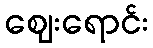
ဈေးရောင်း